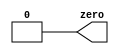
module top_module(
    output zero
);// Module body starts after semicolon
assign zero = 1'b0;
endmodule